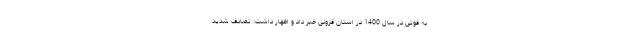
به فوتی در سال 1400 در استان قزونی خبر داد و اظهار داشت: تصادف شدید